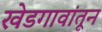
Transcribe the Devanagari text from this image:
खेडगावांतून